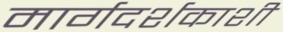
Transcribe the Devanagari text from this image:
मार्गदर्शकाशी